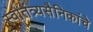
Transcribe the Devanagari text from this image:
स्वातंत्र्यसैनिकांचे